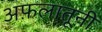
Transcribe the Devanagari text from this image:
अफ़लातूनी